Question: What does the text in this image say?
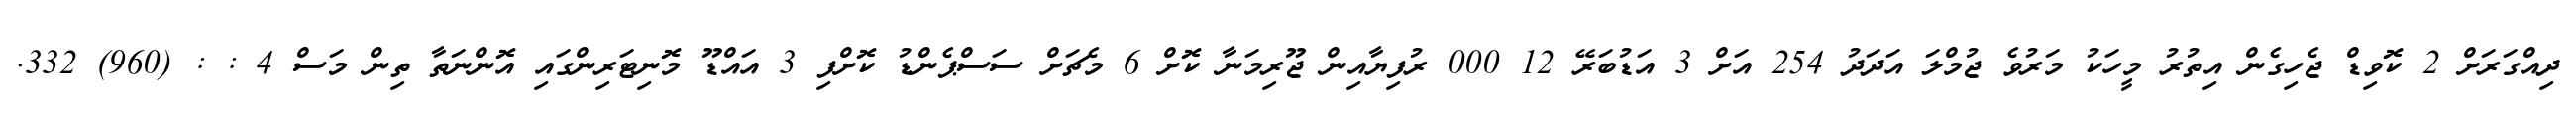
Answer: ދިއްގަރަށް 2 ކޮވިޑް ޖެހިގެން އިތުރު މީހަކު މަރުވެ ޖުމްލަ އަދަދު 254 އަށް 3 އަޑުބަރޭ 12 000 ރުފިޔާއިން ޖޫރިމަނާ ކޮށް 6 މެޗަށް ސަސްޕެންޑު ކޮށްފި 3 އައްޑޫ މޮނިޓަރިންގައި އޮންނަތާ ތިން މަސް 4 : : (960) 332.